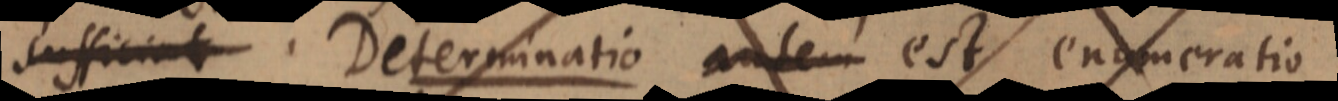
sufficiat. Determinatio autem est enumeratio